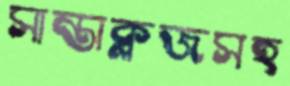
সান্তাক্লজসহ